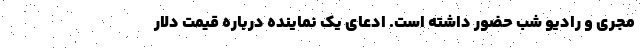
مجری و رادیو شب حضور داشته است. ادعای یک نماینده درباره قیمت دلار